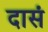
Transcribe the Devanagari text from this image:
दासं